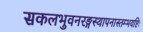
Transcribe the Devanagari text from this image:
सकलभुवनरङ्गस्थापनास्तम्भयष्टिः